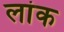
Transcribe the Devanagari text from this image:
लांक